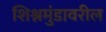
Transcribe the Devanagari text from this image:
शिश्नमुंडावरील